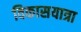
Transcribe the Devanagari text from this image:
विकासयात्रा